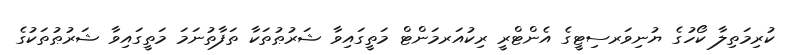
ކުރިމަތިލާ ކޯހުގެ ޔުނިވަރސިޓީގެ އެންޓްރީ ރިކުއަރމަންޓް މަތީގައިވާ ޝަރުޠުތަކާ ތަފާތުނަމަ މަތީގައިވާ ޝަރުޠުތަކުގެ